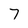
Character: 7